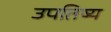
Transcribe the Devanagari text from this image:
उपतिष्य